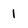
Character: i